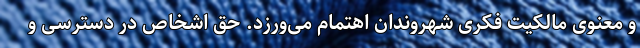
و معنوی مالکیت فکری شهروندان اهتمام می‌ورزد. حق اشخاص در دسترسی و